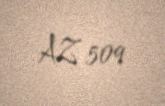
AZ 509